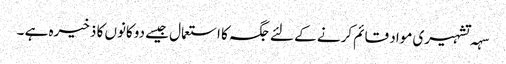
سہہ تشہیری مواد قائم کرنے کے لئے جگہ کا استعمال جیسے دوکانوں کا ذخیرہ ہے ۔